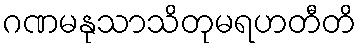
ဂဏမနုသာသိတုမရဟတီတိ